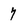
Character: 7